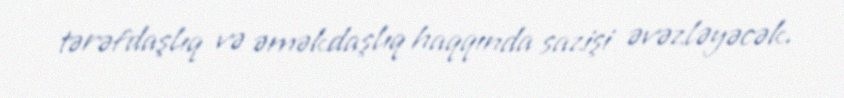
tərəfdaşlıq və əməkdaşlıq haqqında sazişi əvəzləyəcək.